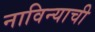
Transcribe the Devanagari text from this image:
नाविन्याची